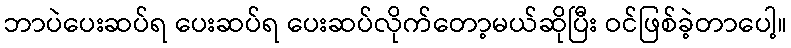
ဘာပဲပေးဆပ်ရ ပေးဆပ်ရ ပေးဆပ်လိုက်တော့မယ်ဆိုပြီး ဝင်ဖြစ်ခဲ့တာပေါ့။